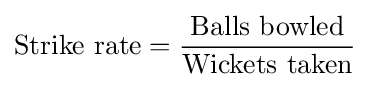
\mathrm {Strike~rate} ={\frac {\mathrm {Balls~bowled} }{\mathrm {Wickets~taken} }}